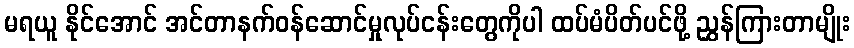
မရယူ နိုင်အောင် အင်တာနက်ဝန်ဆောင်မှုလုပ်ငန်းတွေကိုပါ ထပ်မံပိတ်ပင်ဖို့ ညွှန်ကြားတာမျိုး